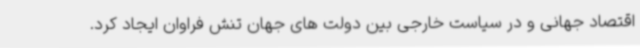
اقتصاد جهانی و در سیاست خارجی بین دولت های جهان تنش فراوان ایجاد کرد.